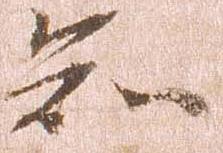
知